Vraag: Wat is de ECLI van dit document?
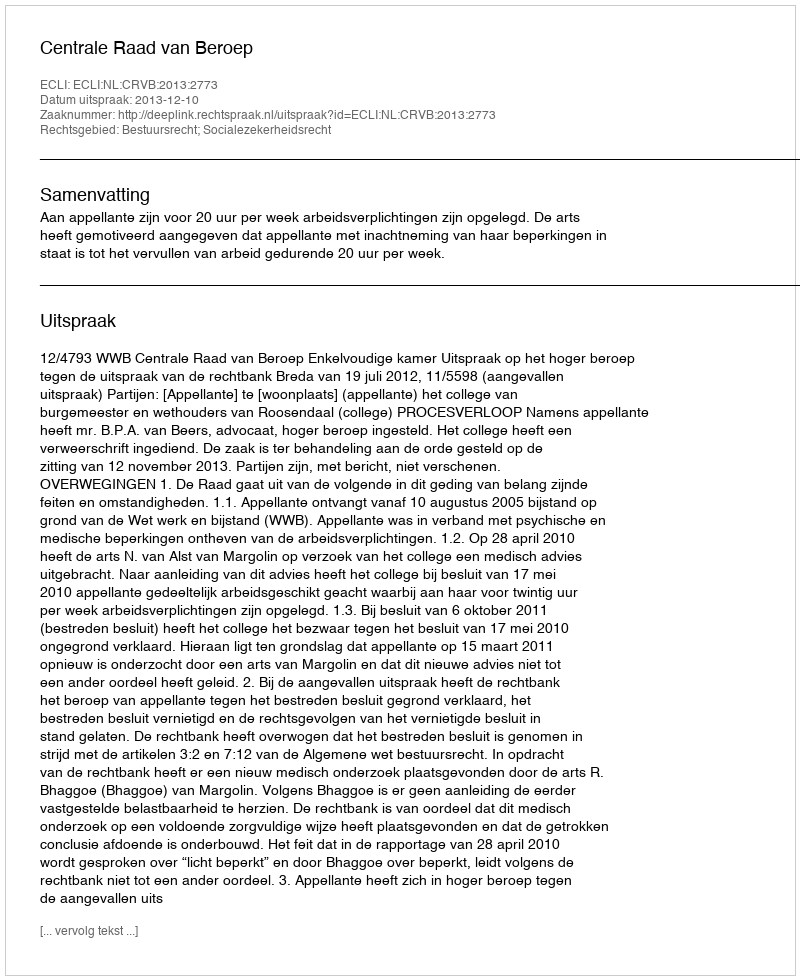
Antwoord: ECLI:NL:CRVB:2013:2773